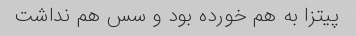
پیتزا به هم خورده بود و سس هم نداشت